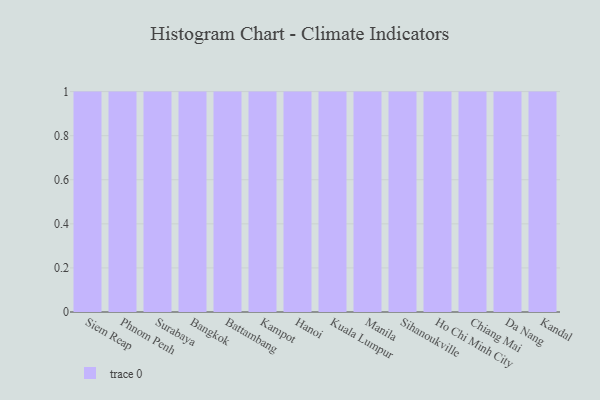
{"axis": {"x": "City", "y": "Gross Profit (USD K)"}, "legend": [""], "data": [{"x": "Siem Reap", "y": 13, "type": ""}, {"x": "Phnom Penh", "y": 99, "type": ""}, {"x": "Surabaya", "y": 8, "type": ""}, {"x": "Bangkok", "y": 47, "type": ""}, {"x": "Battambang", "y": 18, "type": ""}, {"x": "Kampot", "y": 8, "type": ""}, {"x": "Hanoi", "y": 70, "type": ""}, {"x": "Kuala Lumpur", "y": 72, "type": ""}, {"x": "Manila", "y": 75, "type": ""}, {"x": "Sihanoukville", "y": 66, "type": ""}, {"x": "Ho Chi Minh City", "y": 26, "type": ""}, {"x": "Chiang Mai", "y": 39, "type": ""}, {"x": "Da Nang", "y": 21, "type": ""}, {"x": "Kandal", "y": 31, "type": ""}]}